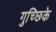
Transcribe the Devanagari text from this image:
गुच्छिके